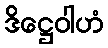
ဒိဋ္ဌေဝါဟံ